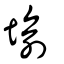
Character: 堬